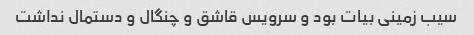
سیب زمینی بیات بود و سرویس قاشق و چنگال و دستمال نداشت